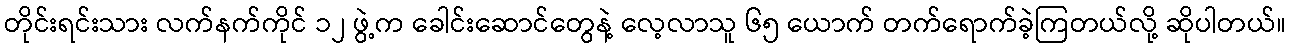
တိုင်းရင်းသား လက်နက်ကိုင် ၁၂ ဖွဲ့က ခေါင်းဆောင်တွေနဲ့ လေ့လာသူ ၆၅ ယောက် တက်ရောက်ခဲ့ကြတယ်လို့ ဆိုပါတယ်။